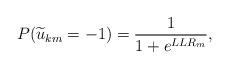
LaTeX: \begin{align*}P(\widetilde{u}_{km}=-1)=\frac{1}{1+e^{LLR_m}},\end{align*}